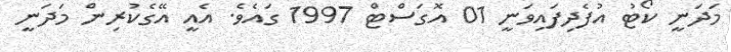
މަދަނީ ކޯޓު އުފެދިފައިވަނީ 01 އޮގަސްޓް 1997 ގައެވެ. އެއީ އޭގެކުރިން މަދަނީ